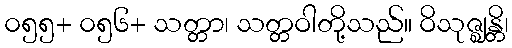
၀၅၅+ ၀၅၆+ သတ္တာ၊ သတ္တဝါတို့သည်။ ဝိသုဇ္ဈန္တိ၊